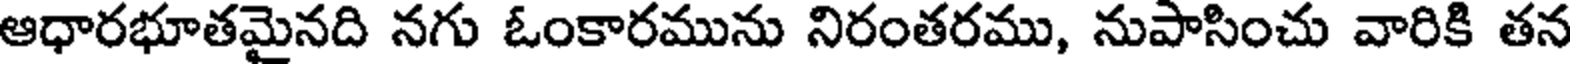
ఆధారభూతమైనది నగు ఓంకారమును నిరంతరము, నుపాసించు వారికి తన